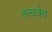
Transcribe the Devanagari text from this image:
तत्त्ववेध